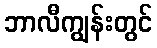
ဘာလီကျွန်းတွင်